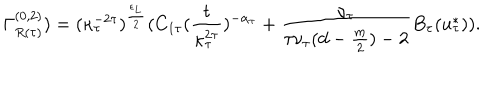
LaTeX: \Gamma _ { R ( \tau ) } ^ { ( 0 , 2 ) } ) = ( \kappa _ { \tau } ^ { - 2 \tau } ) ^ { \frac { \epsilon _ { L } } { 2 } } ( C _ { 1 \tau } ( \frac { t } { \kappa _ { \tau } ^ { 2 \tau } } ) ^ { - \alpha _ { \tau } } + \frac { \nu _ { \tau } } { \tau \nu _ { \tau } ( d - \frac { m } { 2 } ) - 2 } B _ { \tau } ( u _ { \tau } ^ { * } ) ) .